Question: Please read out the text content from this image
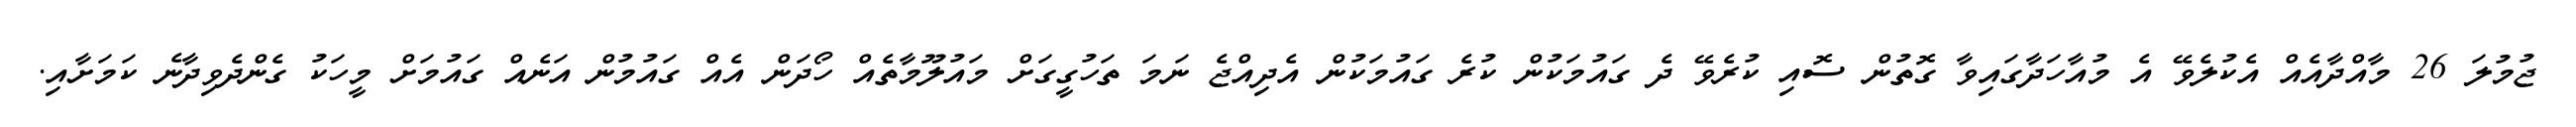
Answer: ޖުމުލަ 26 މާއްދާއެއް އެކުލެވޭ އެ މުއާހަދާގައިވާ ގޮތުން ސޮއި ކުރެވޭ ދެ ގައުމަކުން ކުރެ ގައުމަކުން އެދިއްޖެ ނަމަ ތަހުގީގަށް މައުލޫމާތެއް ހޯދަން އެއް ގައުމުން އަނެއް ގައުމަށް މީހަކު ގެންދެވިދާނެ ކަމަށާއި.